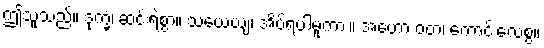
ဤသူသည်။ ဒုက္ခံ၊ ဆင်းရဲစွာ။ သယေယျ၊ အိပ်ရပါမူကား။ အဟော ဝတ၊ ကောင်းလေစွ။